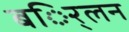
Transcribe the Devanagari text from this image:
बर्िलन